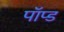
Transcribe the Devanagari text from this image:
पॉप्ड